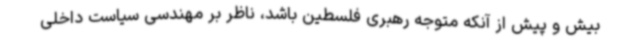
بیش و پیش از آنکه متوجه رهبری فلسطین باشد، ناظر بر مهندسی سیاست داخلی